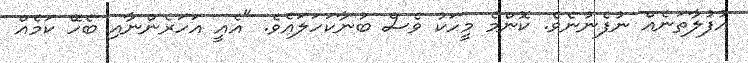
އުފުލާތަނެއް ނުފެނުނެވެ. ކޮންމެ މީހަކު ވެސް ބުނާކަހަލައެވެ. "އެއީ އަހަރެންނާއި ބެހޭ ކަމެއް